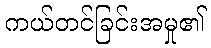
ကယ်တင်ခြင်းအမှု၏